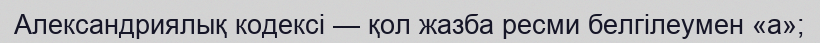
Александриялық кодексі — қол жазба ресми белгілеумен «а»;